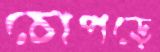
চোপড়ে